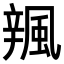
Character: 𨐦